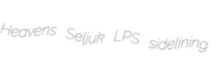
Heavens Seljuk LPS sidelining